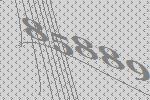
85889